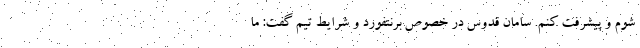
شوم و پیشرفت کنم. سامان قدوس در خصوص برنتفورد و شرایط تیم گفت: ما